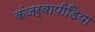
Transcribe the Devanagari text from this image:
कंजर्वापीडिया